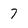
Character: 7